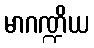
မာဂဏ္ဍိယ